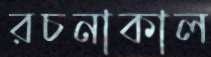
রচনাকাল